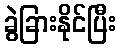
ခွဲခြားနိုင်ပြီး